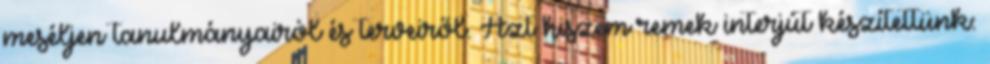
meséljen tanulmányairól és terveiről. Azt hiszem remek interjút készítettünk: